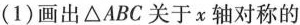
(1)画出\triangle ABC关于x轴对称的